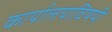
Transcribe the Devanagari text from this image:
कार्यालयाविषयी